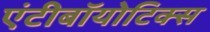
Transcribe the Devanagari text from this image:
एंटीबॉयोटिक्स